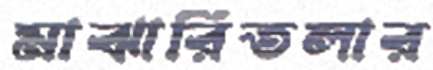
মাঝারিতলার